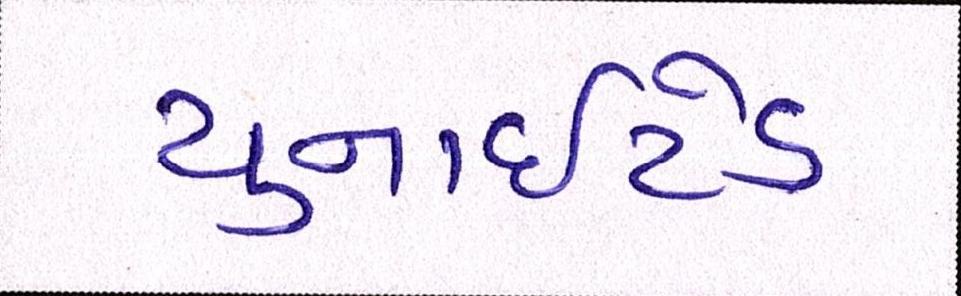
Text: યુનાઈટેડ